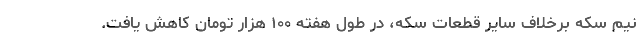
نیم سکه برخلاف سایر قطعات سکه، در طول هفته ۱۰۰ هزار تومان کاهش یافت.